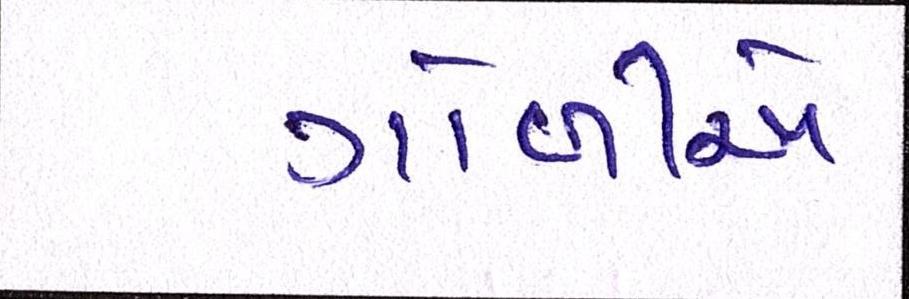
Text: ગોળીએ